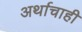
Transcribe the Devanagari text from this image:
अर्थाचाही